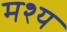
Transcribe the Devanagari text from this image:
मश्य